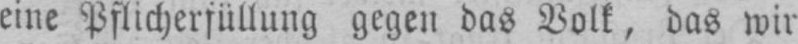
eine Pflichterfüllung gegen das Volk, das wir